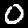
Digit: 0